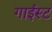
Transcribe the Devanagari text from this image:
गाईस्ट